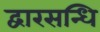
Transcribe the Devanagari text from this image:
द्वारसन्धि